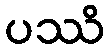
ပဿိ